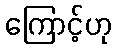
ကြောင့်ဟု